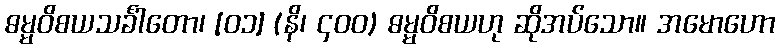
ဓမ္မဝိစယသင်္ခါတော၊ [၀၁] (နိ၊ ၄၀၀) ဓမ္မဝိစယဟု ဆိုအပ်သော။ အမောဟော